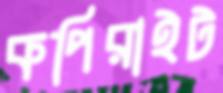
কপিরাইট